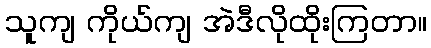
သူကျ ကိုယ်ကျ အဲဒီလိုထိုးကြတာ။